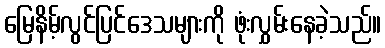
မြေနိမ့်လွင်ပြင်ဒေသများကို ဖုံးလွှမ်းနေခဲ့သည်။